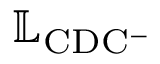
\mathbb { L } _ { \mathrm { C D C ^ { - } } }